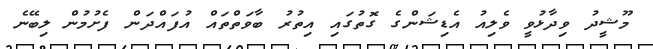
މޫޝީދު ވިދާޅުވީ ވެލިއު އެޑިޝަންގެ ގޮތުގައި އިތުރު ބާވަތްތައް އުފައްދަން ފެށުމުން ލިބޭނެ